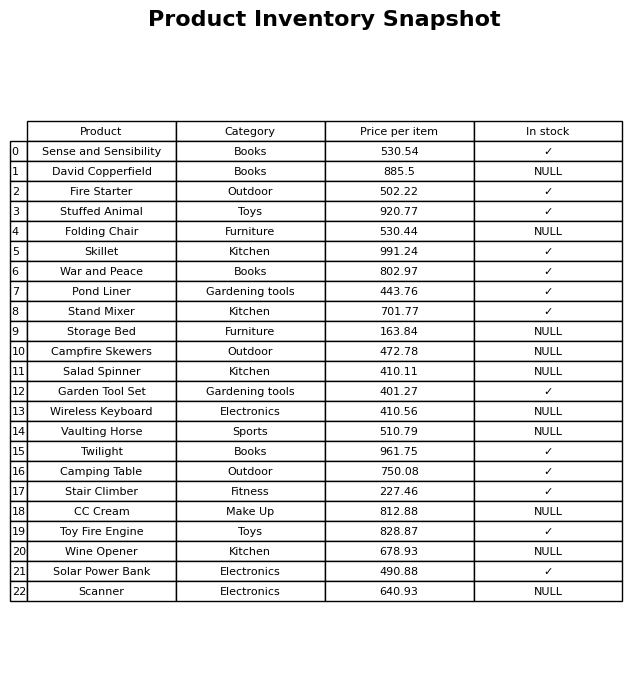
question: What is the price for War and Peace?
answer: The price of War and Peace is 802.97.